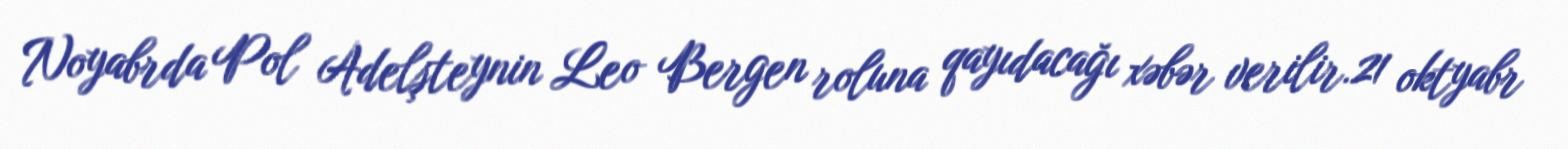
Noyabrda Pol Adelşteynin Leo Bergen roluna qayıdacağı xəbər verilir.21 oktyabr